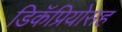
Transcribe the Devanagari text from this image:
डिकॅप्रियोसह